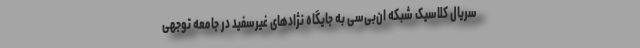
سریال کلاسیک شبکه ان‌بی‌سی به جایگاه نژادهای غیرسفید در جامعه توجهی